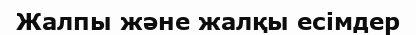
Жалпы және жалқы есімдер